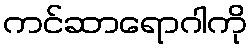
ကင်ဆာရောဂါကို